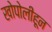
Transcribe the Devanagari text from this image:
खोपोलीहून